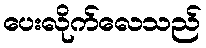
ပေးလိုက်လေသည်